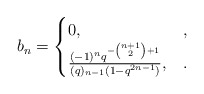
\begin{align*} b_n = \begin{cases}0, &,\\\frac{(-1)^nq^{-\binom{n+1}{2}+1}}{(q)_{n-1}(1-q^{2n-1})}, &.\end{cases}\end{align*}